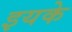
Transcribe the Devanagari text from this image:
इयके